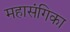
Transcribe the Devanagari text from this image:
महासंगिका